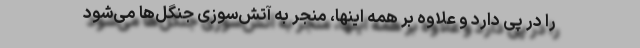
را در پی دارد و علاوه بر همه اینها، منجر به آتش‌سوزی جنگل‌ها می‌شود